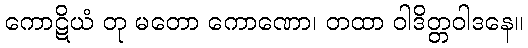
ကောဋိယံ တု မတော ကောဏော၊ တထာ ဝါဒိတ္တဝါဒနေ။